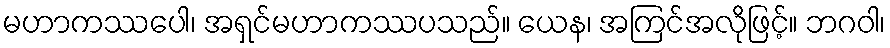
မဟာကဿပေါ၊ အရှင်မဟာကဿပသည်။ ယေန၊ အကြင်အလိုဖြင့်။ ဘဂဝါ၊